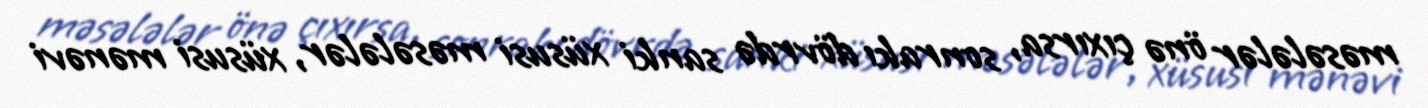
məsələlər önə çıxırsa, sonrakı dövrdə sanki xüsusi məsələlər, xüsusi mənəvi